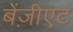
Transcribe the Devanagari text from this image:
बेंज़ीएट